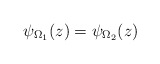
\begin{align*}\psi_{\Omega_1}(z) = \psi_{\Omega_2}(z)\end{align*}